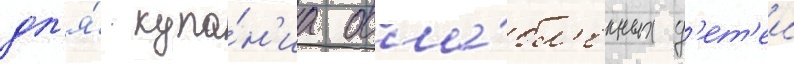
дл'я́ купа́н'иа осла́бл'енных д'ет'еи